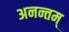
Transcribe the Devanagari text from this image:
अनन्तम्